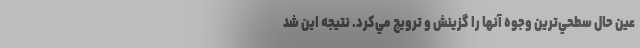
عين حال سطحي‌ترين وجوه آنها را گزينش و ترويج مي‌كرد. نتيجه اين شد